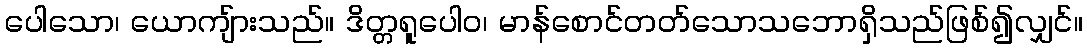
ပေါသော၊ ယောကျ်ားသည်။ ဒိတ္တရူပေါဝ၊ မာန်စောင်တတ်သောသဘောရှိသည်ဖြစ်၍လျှင်။